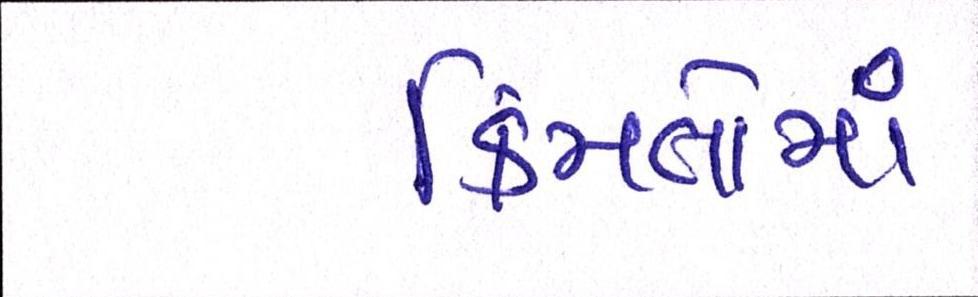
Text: કિંમતોમાં